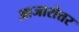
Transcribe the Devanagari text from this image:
आजारोत्तर